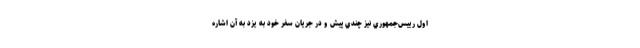
اول رييس‌جمهوري نيز چندي پيش و در جريان سفر خود به يزد به آن اشاره